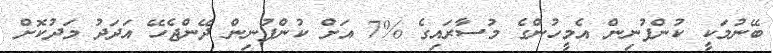
ބޭނުމަކީ ކުންފުނިން އެމީހުންގެ މުސާރައިގެ %7 އަށް ކުންފުނިން ދޭންޖެހޭ އަދަދު މަދުކޮށް